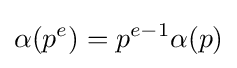
\alpha (p^{e})=p^{e-1}\alpha (p)